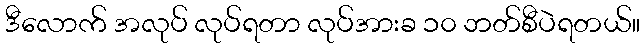
ဒီလောက် အလုပ် လုပ်ရတာ လုပ်အားခ ၁၀ ဘတ်စီပဲရတယ်။